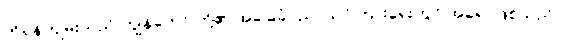
ကိုရန်ကျမ်းသည် ကျွန်တော် တို့၏ အခြေခံပညာသင်ကြားရေးတွင် အခရာဖြစ်သည်။